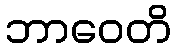
ဘာဝေတိ